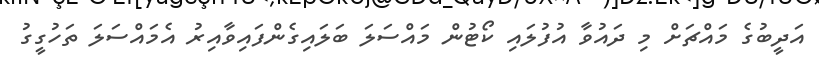
އަދީބުގެ މައްޗަށް މި ދައުވާ އުފުލައި ކޯޓުން މައްސަލަ ބަލައިގެންފައިވާއިރު އެމައްސަލަ ތަހުގީގު